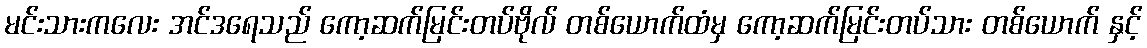
မင်းသားကလေး အင်ဒရေသည် ကော့ဆက်မြင်းတပ်ဗိုလ် တစ်ယောက်ထံမှ ကော့ဆက်မြင်းတပ်သား တစ်ယောက် နှင့်